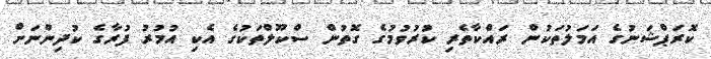
ކޮރަޕްޝަނުގެ އަމަލުތަކުން ރައްކާތެރި ކުރުވުމުގެ ގޮތުން ސްކޫލްތަކުގެ އެކި އުމުރު ފުރާގެ ކުދިންނަށް